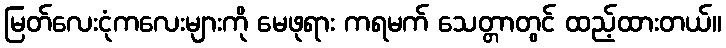
မြတ်လေးငုံကလေးများကို မေဖုရား ကရမက် သေတ္တာတွင် ထည့်ထားတယ်။